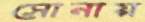
সোনায়